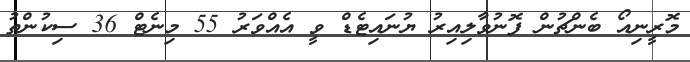
މޮރީނިއޯ ބެންޗުން ފޮނުވާލިއިރު ޔުނައިޓެޑް ވީ އެއްވަރު 55 މިނެޓް 36 ސިކުންތު